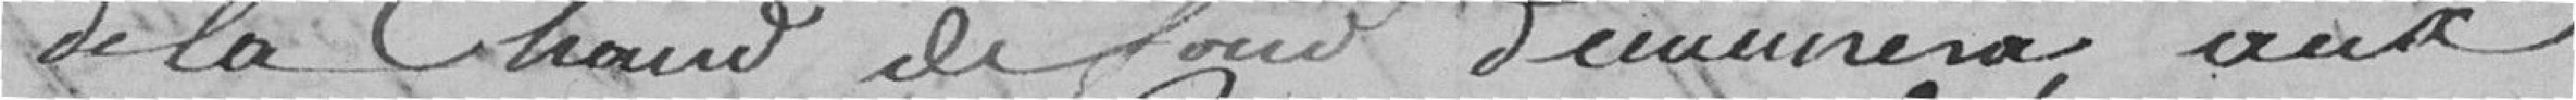
de la Chaud de fond demeurera aux